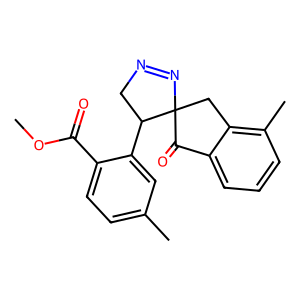
SMILES: COC(=O)c1ccc(C)cc1C1CN=NC12Cc1c(C)cccc1C2=O
Inhibits HIV replication: No